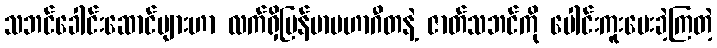
သဘင်ခေါင်းဆောင်များဟာ လက်ရှိမြန်မာမဟာဂီတနဲ့ ဇာတ်သဘင်ကို ပေါင်းကူးပေးခဲ့ကြတဲ့